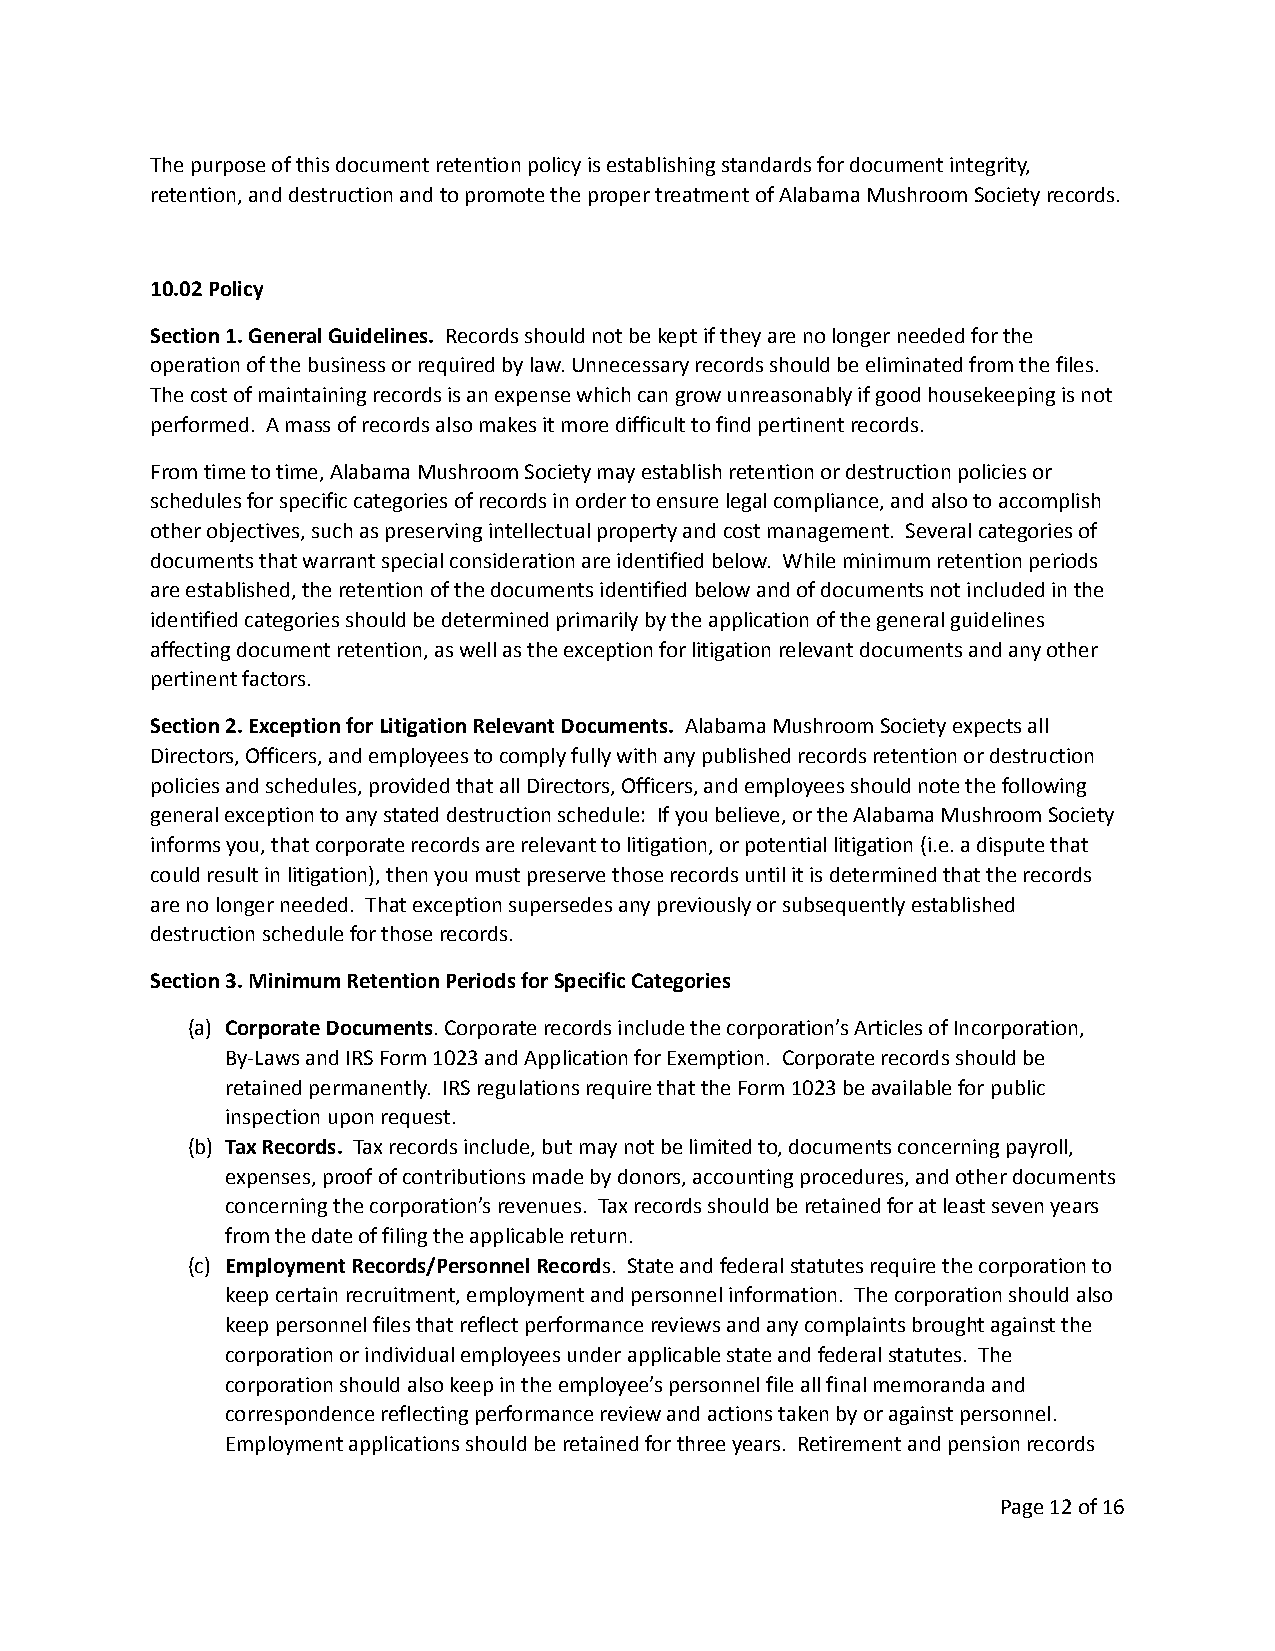
The purpose of this document retention policy is establishing standards for document integrity,
 retention, and destruction and to promote the proper treatment of Alabama Mushroom Society records.
 10.02 Policy
 Section 1. General Guidelines. Records should notbe kept if they are no longer needed for the
 operation of the business or required by law. Unnecessary records should be eliminated from the files.
 The cost of maintaining records is an expense which can grow unreasonably if good housekeeping is not
 performed. A mass of records also makes it more difficult to find pertinent records.
 From time to time, Alabama Mushroom Society may establish retention or destruction policies or
 schedules for specific categories of records in order to ensure legal compliance, and also to accomplish
 other objectives, such as preserving intellectual property and cost management. Several categories of
 documents that warrant special consideration are identified below. While minimum retention periods
 are established, the retention of the documents identified below and of documents not included in the
 identified categories should be determined primarily by the application of the general guidelines
 affecting document retention, as well as the exception for litigation relevant documents and any other
 pertinent factors.
 Section 2. Exception for Litigation Relevant Documents. Alabama Mushroom Society expects all
 Directors, Officers, and employees to comply fully with any published records retention or destruction
 policies and schedules, provided that all Directors, Officers, and employees should note the following
 general exception to any stated destruction schedule: If you believe, or the Alabama Mushroom Society
 informs you, that corporate records are relevant to litigation, or potential litigation (i.e. a dispute that
 could result in litigation), then you must preserve those records until it is determined that the records
 are no longer needed. That exception supersedes any previously or subsequently established
 destruction schedule for those records.
 Section 3. Minimum Retention Periods for Specific Categories
 (a) Corporate Documents. Corporate records include thecorporation’s Articles of Incorporation,
 By-Laws and IRS Form 1023 and Application for Exemption. Corporate records should be
 retained permanently. IRS regulations require that the Form 1023 be available for public
 inspection upon request.
 (b) Tax Records. Tax records include, but may not belimited to, documents concerning payroll,
 expenses, proof of contributions made by donors, accounting procedures, and other documents
 concerning the corporation’s revenues. Tax records should be retained for at least seven years
 from the date of filing the applicable return.
 (c) Employment Records/Personnel Records. State and federalstatutes require the corporation to
 keep certain recruitment, employment and personnel information. The corporation should also
 keep personnel files that reflect performance reviews and any complaints brought against the
 corporation or individual employees under applicable state and federal statutes. The
 corporation should also keep in the employee’s personnel file all final memoranda and
 correspondence reflecting performance review and actions taken by or against personnel.
 Employment applications should be retained for three years. Retirement and pension records
 Page12of 16